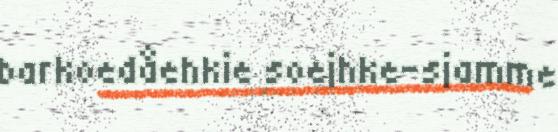
barkoedåehkie soejhke-sjamme